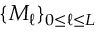
\{ M _ { \ell } \} _ { 0 \le \ell \le L }